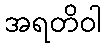
အရတိဝါ